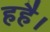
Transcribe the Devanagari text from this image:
हहै।